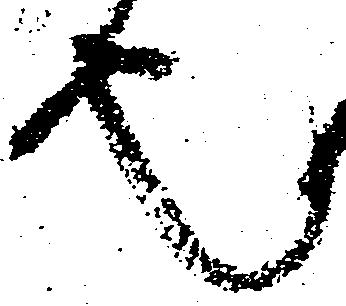
也